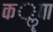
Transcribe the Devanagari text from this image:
कॣपा